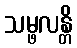
သမ္ဖလန္တိ